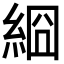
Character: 𦀝